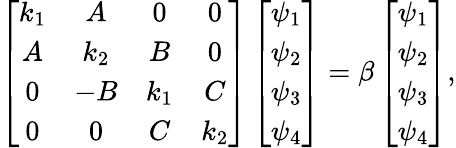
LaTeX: \left[\begin{array}{cccc}{k_{1}}&{A}&{0}&{0}\\ {A}&{k_{2}}&{B}&{0}\\ {0}&{-B}&{k_{1}}&{C}\\ {0}&{0}&{C}&{k_{2}}\end{array}\right]\left[\begin{array}{cccc}{\psi_{1}}\\ {\psi_{2}}\\ {\psi_{3}}\\ {\psi_{4}}\end{array}\right]=\beta\left[\begin{array}{cccc}{\psi_{1}}\\ {\psi_{2}}\\ {\psi_{3}}\\ {\psi_{4}}\end{array}\right],